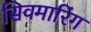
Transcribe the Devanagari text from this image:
सिवमारिंग